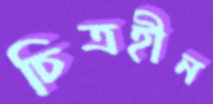
চিত্রহীন